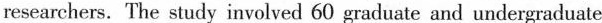
researchers. The study involved 60 graduate and undergraduate